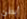
أبطئ